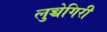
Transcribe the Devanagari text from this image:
लुच्चेगिरी